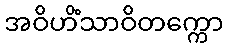
အဝိဟိံသာဝိတက္ကော